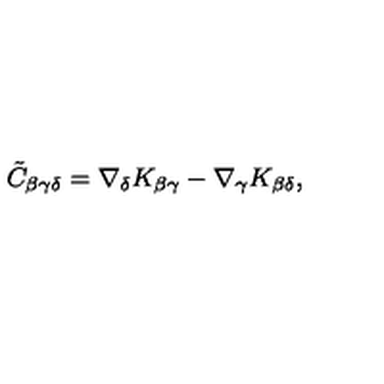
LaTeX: \tilde { C } _ { \beta \gamma \delta } = \nabla _ { \delta } K _ { \beta \gamma } - \nabla _ { \gamma } K _ { \beta \delta } ,